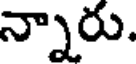
న్నారు.